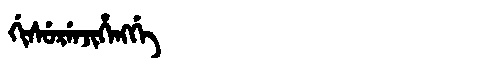
Manchu: ᡤᡳᠰᡠᡵᡝᠨᠵᡳᡥᡝᠩᡤᡝ
Romanization: GISURENJIHENGGE